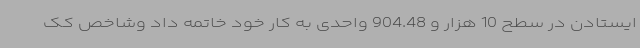
ایستادن در سطح 10 هزار و 904.48 واحدی به کار خود خاتمه داد وشاخص کک